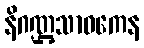
နိဂဏ္ဌသာဝကေန